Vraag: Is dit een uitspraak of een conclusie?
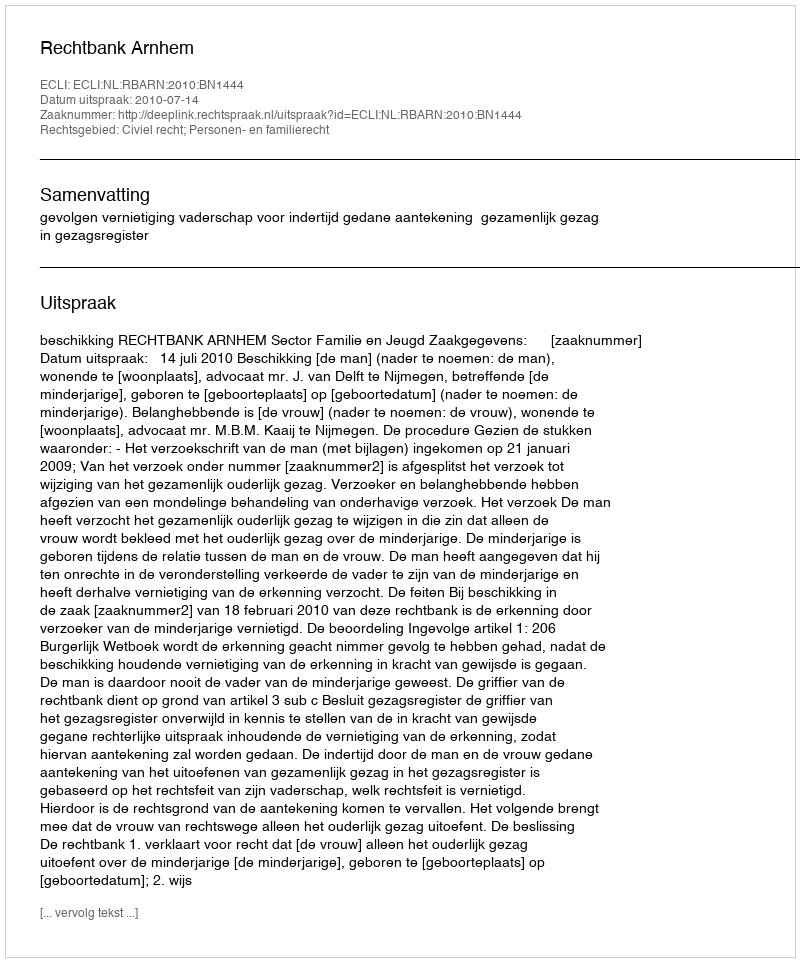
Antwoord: Uitspraak